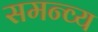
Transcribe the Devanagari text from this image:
समन्व्य